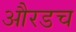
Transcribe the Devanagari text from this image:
औरडच